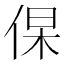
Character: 𬾛